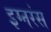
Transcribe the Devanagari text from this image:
इग्नरंस